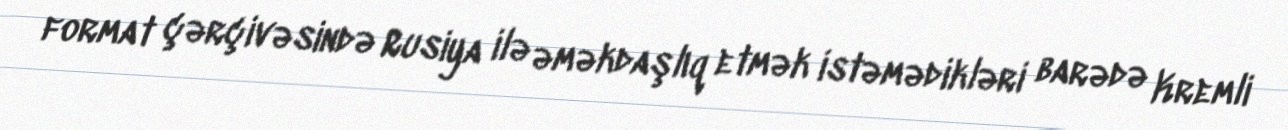
format çərçivəsində Rusiya ilə əməkdaşlıq etmək istəmədikləri barədə Kremli